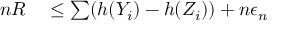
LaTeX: \begin{array} { r l } { n R } & { { } \leq \sum ( h ( Y _ { i } ) - h ( Z _ { i } ) ) + n \epsilon _ { n } } \end{array}